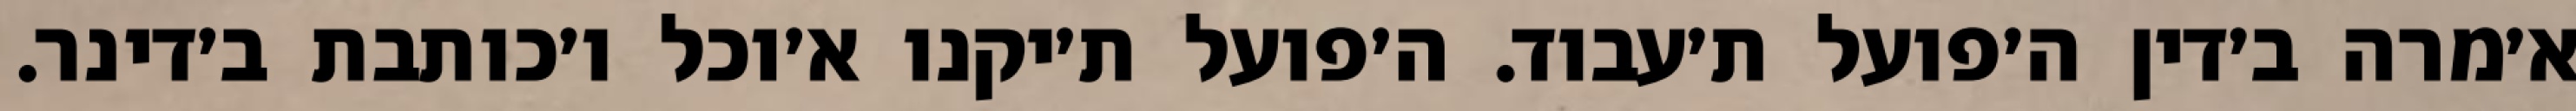
א׳מרה ב׳דין ה׳פועל ת׳עבוד. ה׳פועל ת׳יקנו א׳וכל ו׳כותבת ב׳דינר.